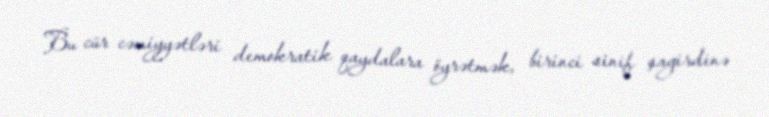
Bu cür cəmiyyətləri demokratik qaydalara öyrətmək, birinci sinif şagirdinə